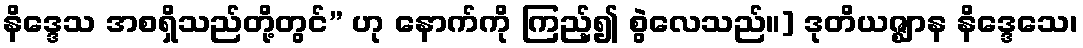
နိဒ္ဒေသ အစရှိသည်တို့တွင်” ဟု နောက်ကို ကြည့်၍ စွဲလေသည်။] ဒုတိယဇ္ဈာန နိဒ္ဒေသေ၊